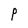
Character: P